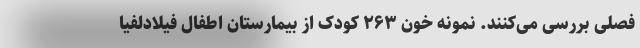
فصلی بررسی می‌کنند. نمونه خون ۲۶۳ کودک از بیمارستان اطفال فیلادلفیا